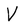
Character: V